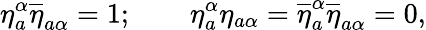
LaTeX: \eta_{a}^{\alpha}\overline{{{\eta}}}_{a\alpha}=1;\qquad\eta_{a}^{\alpha}{\eta}_{a\alpha}=\overline{{{\eta}}}_{a}^{\alpha}\overline{{{\eta}}}_{a\alpha}=0,